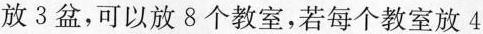
放3盆，可以放8个教室，若每个教室放4